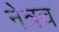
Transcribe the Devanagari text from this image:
नेत्रच